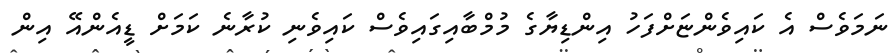
ނަމަވެސް އެ ކައިވެންޏަށްފަހު އިންޑިޔާގެ މުމްބާއިގައިވެސް ކައިވެނި ކުރާނެ ކަމަށް ޑީއެންއޭ އިން